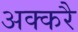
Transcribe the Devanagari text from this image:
अक्करै